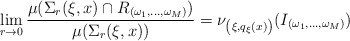
\begin{align*}\lim _{r \rightarrow 0} \frac{\mu ( \Sigma _r ( \xi, x) \cap R _{(\omega _1, \ldots , \omega _M )} )}{ \mu ( \Sigma _r ( \xi , x ))} = \nu _{\left( \xi , q _\xi (x) \right)} ( I _{(\omega _1, \ldots , \omega _M )} )\end{align*}